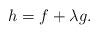
LaTeX: \begin{align*}h=f+\lambda g.\end{align*}